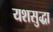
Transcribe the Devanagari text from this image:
यशसुद्धा